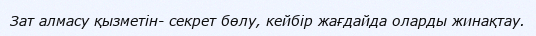
Зат алмасу қызметін- секрет бөлу, кейбір жағдайда оларды жинақтау.